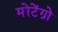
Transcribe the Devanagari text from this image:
मोंटेंग्रो